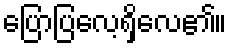
ပြောပြလေ့ရှိလေ၏။